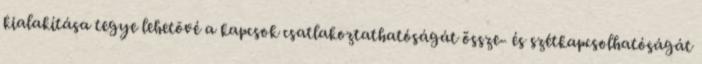
kialakítása tegye lehetõvé a kapcsok csatlakoztathatóságát össze- és szétkapcsolhatóságát